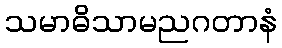
သမာဓိသာမညဂတာနံ